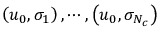
\left( u _ { 0 } , \sigma _ { 1 } \right) , \cdots , \left( u _ { 0 } , \sigma _ { N _ { c } } \right)